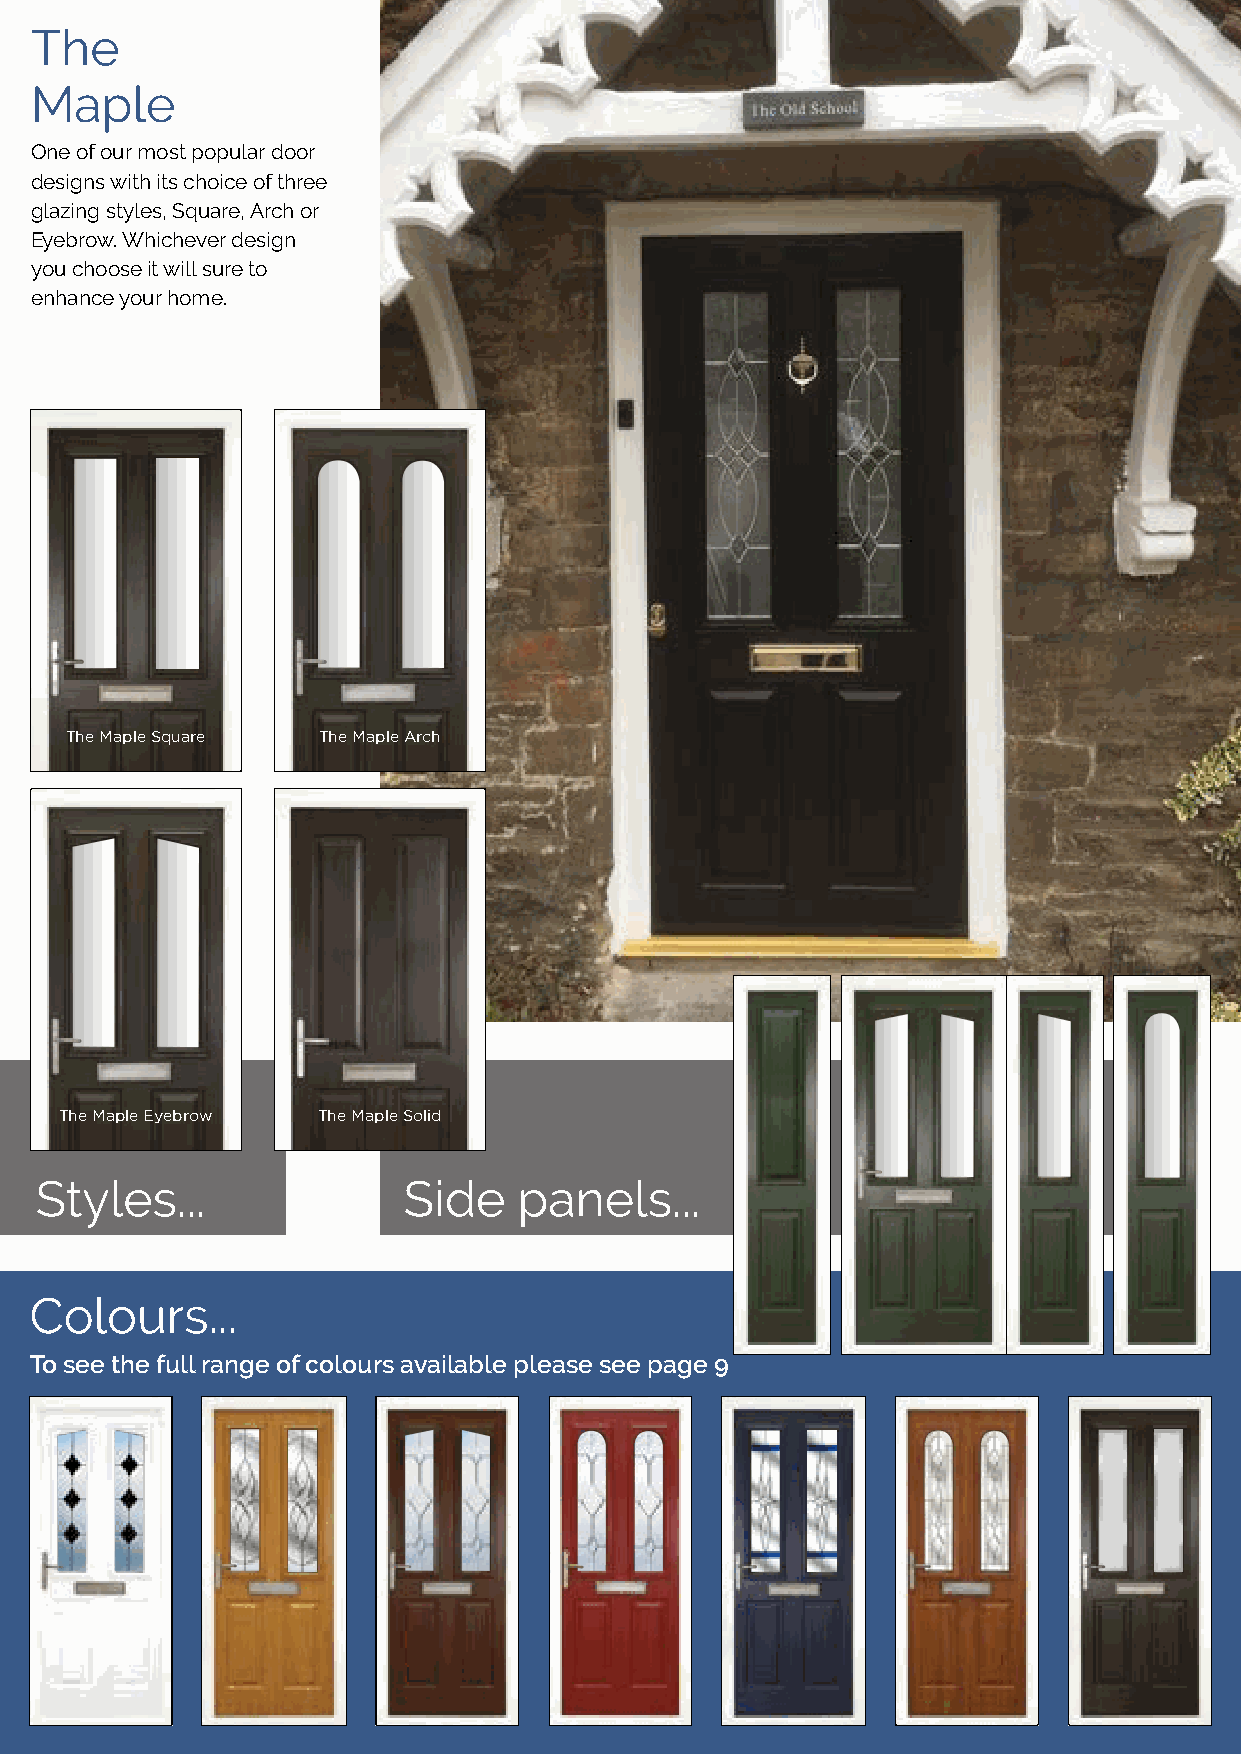
The
 Maple
 One of our most popular door
 designs with its choice of three
 glazing styles, Square, Arch or
 Eyebrow. Whichever design
 you choose it will sure to
 enhance your home.
 The Maple Square The Maple Arch
 The Maple Eyebrow The Maple Solid
 Styles...                Side   panels...
 Colours...
 To see the full range of colours available please see page 9